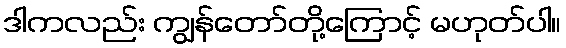
ဒါကလည်း ကျွန်တော်တို့ကြောင့် မဟုတ်ပါ။